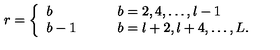
r = \left\{ \begin{array} { l l } { b } & { \qquad b = 2 , 4 , \ldots , l - 1 } \\ { b - 1 } & { \qquad b = l + 2 , l + 4 , \ldots , L . } \\ \end{array} \right.